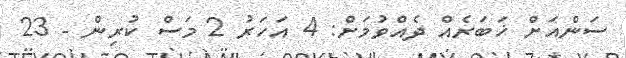
ސަންއަށް ޚަބަރެއް ދެއްވުމަށް: 4 އަހަރު 2 މަސް ކުރިން - 23